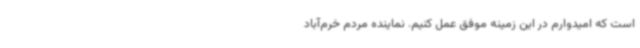
است که امیدوارم در این زمینه موفق عمل کنیم. نماینده مردم خرم‌آباد